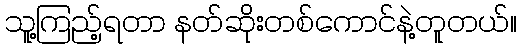
သူ့ကြည့်ရတာ နတ်ဆိုးတစ်ကောင်နဲ့တူတယ်။